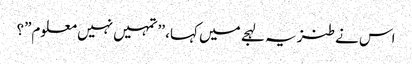
اس نے طنزیہ لہجے میں کہا، ’’تمہیں نہیں معلوم”؟